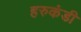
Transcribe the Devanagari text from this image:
हरुकंडी